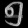
Digit: ၅